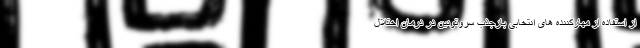
از استفاده از مهارکننده های انتخابی بازجذب سروتونین در درمان اختلال